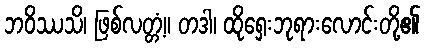
ဘဝိဿသိ၊ ဖြစ်လတ္တံ့။ တဒါ၊ ထိုရှေးဘုရားလောင်းတို့၏